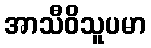
အာသီဝိသူပမာ